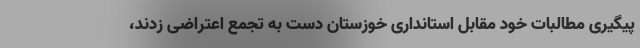
پیگیری مطالبات خود مقابل استانداری خوزستان دست به تجمع اعتراضی زدند،